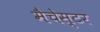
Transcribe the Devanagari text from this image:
मैचेस्टर